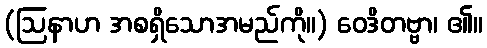
(ဩနာဟ အစရှိသောအမည်ကို။) ဝေဒိတဗ္ဗာ၊ ၏။